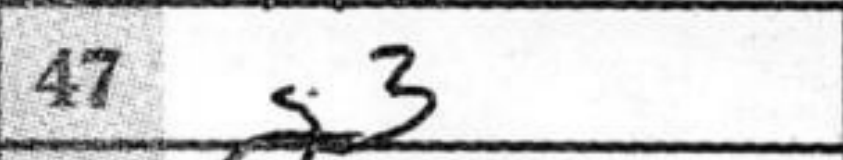
Transcription: g3